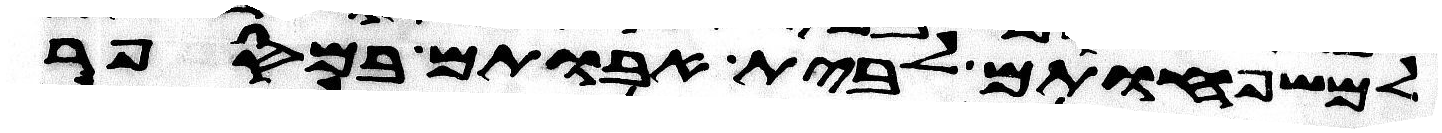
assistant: למשפחותם לבית אבותם במספר